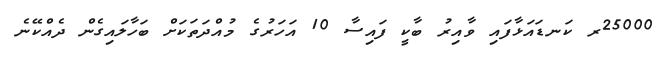
25000ރ ކަނޑައަޅާފައި ވާއިރު ބާކީ ފައިސާ 10 އަހަރުގެ މުއްދަތަކަށް ބަހާލައިގެން ދެއްކޭނެ